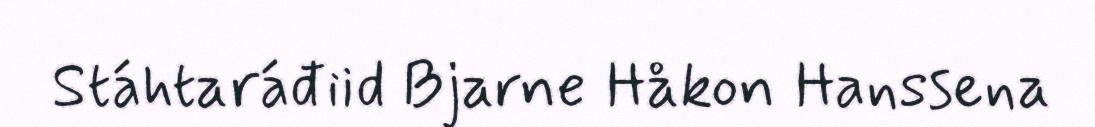
Stáhtaráđiid Bjarne Håkon Hanssena